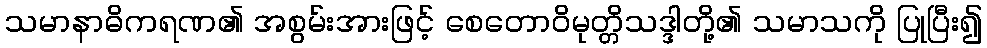
သမာနာဓိကရဏ၏ အစွမ်းအားဖြင့် စေတောဝိမုတ္တိသဒ္ဒါတို့၏ သမာသကို ပြုပြီး၍